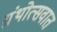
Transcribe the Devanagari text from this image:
ग्रंथोत्सवात